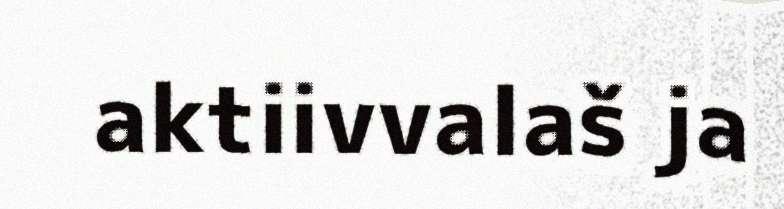
aktiivvalaš ja